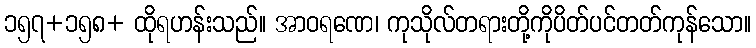
၁၅၇+၁၅၈+ ထိုရဟန်းသည်။ အာဝရဏေ၊ ကုသိုလ်တရားတို့ကိုပိတ်ပင်တတ်ကုန်သော။